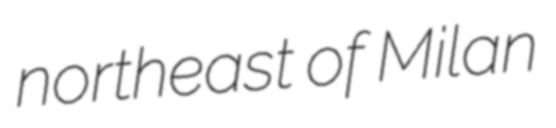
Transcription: northeast of Milan